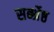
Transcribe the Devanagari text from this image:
सर्ब्श्रेष्ठ